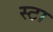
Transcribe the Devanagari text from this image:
स्टा